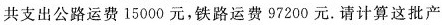
公路2Okm铁路l10km共支出公路运费15000元，铁路运费97200元。请计算这批产